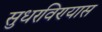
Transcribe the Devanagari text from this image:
सुधरविण्यास